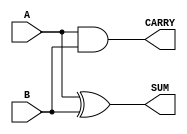
module parameterized_half_adder #(
    parameter WIDTH = 1
)(
    input  wire [WIDTH-1:0] A,   // Input A
    input  wire [WIDTH-1:0] B,   // Input B
    output wire [WIDTH-1:0] SUM,  // Output SUM
    output wire [WIDTH-1:0] CARRY // Output CARRY
);

    // Combinational logic for half-adder
    assign SUM   = A ^ B; // SUM = A XOR B
    assign CARRY = A & B; // CARRY = A AND B

endmodule